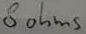
Text: 8 ohms